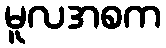
မူလအစက